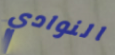
النوادي